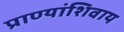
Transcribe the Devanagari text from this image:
प्राण्यांशिवाय